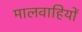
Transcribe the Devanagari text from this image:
मालवाहियों